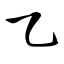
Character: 乙